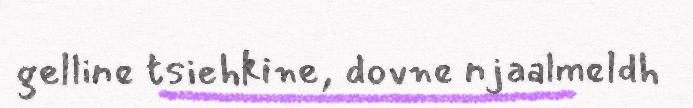
gelline tsiehkine, dovne njaalmeldh